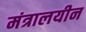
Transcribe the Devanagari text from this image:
मंत्रालयीन